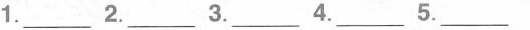
1.______2.______3._______4._______5._________